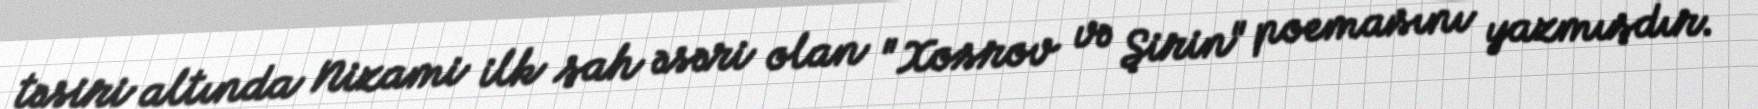
təsiri altında Nizami ilk şah əsəri olan "Xosrov və Şirin" poemasını yazmışdır.